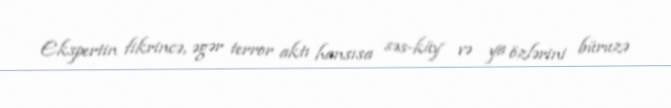
Ekspertin fikrincə, əgər terror aktı hansısa səs-küy və ya özlərini büruzə